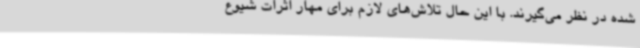
شده در نظر می‌گیرند. با این حال تلاش‌های لازم برای مهار اثرات شیوع